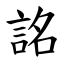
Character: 詺